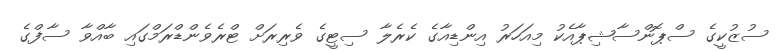
ސުޒުކީގެ ސްޕޮންސާޝިޕާއެކު މިއަހަރު އިންޑިއާގެ ކެރެލާ ސިޓީގެ ވެރިރަށް ޓްރެވެންޑްރަމްގައި ބާއްވާ ސާފްގެ